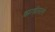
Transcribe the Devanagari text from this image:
झाडीमागे